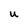
Character: U